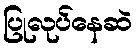
ပြုလုပ်နေဆဲ